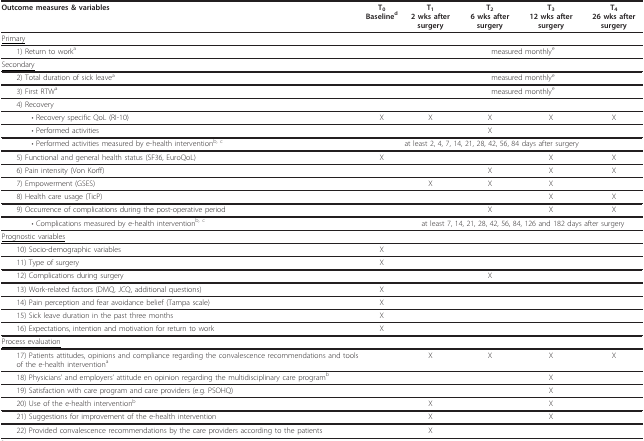
<table><thead><tr><td><b>Outcome measures &amp; variables</b></td><td><b>T<sub>0</sub>Baseline<sup>d</sup></b></td><td><b>T<sub>1</sub>2 wks after surgery</b></td><td><b>T<sub>2</sub>6 wks after surgery</b></td><td><b>T<sub>3</sub>12 wks after surgery</b></td><td><b>T<sub>4</sub>26 wks after surgery</b></td></tr></thead><tbody><tr><td colspan="6"><underline>Primary</underline></td></tr><tr><td> 1) Return to work<sup>a</sup></td><td></td><td colspan="4">measured monthly<sup>e</sup></td></tr><tr><td colspan="6"><underline>Secondary</underline></td></tr><tr><td> 2) Total duration of sick leave<sup>a</sup></td><td></td><td colspan="4">measured monthly<sup>e</sup></td></tr><tr><td> 3) First RTW<sup>a</sup></td><td></td><td colspan="4">measured monthly<sup>e</sup></td></tr><tr><td> 4) Recovery</td><td></td><td></td><td></td><td></td><td></td></tr><tr><td>• Recovery specific QoL (RI-10)</td><td>X</td><td>X</td><td>X</td><td>X</td><td>X</td></tr><tr><td>• Performed activities</td><td></td><td></td><td>X</td><td></td><td></td></tr><tr><td>• Performed activities measured by e-health intervention<sup>b, c</sup></td><td></td><td colspan="3">at least 2, 4, 7, 14, 21, 28, 42, 56, 84 days after surgery</td><td></td></tr><tr><td> 5) Functional and general health status (SF36, EuroQoL)</td><td>X</td><td></td><td></td><td>X</td><td>X</td></tr><tr><td> 6) Pain intensity (Von Korff)</td><td></td><td></td><td>X</td><td>X</td><td>X</td></tr><tr><td> 7) Empowerment (GSES)</td><td></td><td>X</td><td>X</td><td>X</td><td></td></tr><tr><td> 8) Health care usage (TicP)</td><td></td><td></td><td></td><td>X</td><td>X</td></tr><tr><td> 9) Occurrence of complications during the post-operative period</td><td></td><td></td><td>X</td><td>X</td><td>X</td></tr><tr><td>• Complications measured by e-health intervention<sup>b, c</sup></td><td></td><td colspan="4">at least 7, 14, 21, 28, 42, 56, 84, 126 and 182 days after surgery</td></tr><tr><td><underline>Prognostic variables</underline></td><td></td><td></td><td></td><td></td><td></td></tr><tr><td> 10) Socio-demographic variables</td><td>X</td><td></td><td></td><td></td><td></td></tr><tr><td> 11) Type of surgery</td><td>X</td><td></td><td></td><td></td><td></td></tr><tr><td> 12) Complications during surgery</td><td></td><td></td><td>X</td><td></td><td></td></tr><tr><td> 13) Work-related factors (DMQ, JCQ, additional questions)</td><td>X</td><td></td><td></td><td></td><td></td></tr><tr><td> 14) Pain perception and fear avoidance belief (Tampa scale)</td><td>X</td><td></td><td></td><td></td><td></td></tr><tr><td> 15) Sick leave duration in the past three months</td><td>X</td><td></td><td></td><td></td><td></td></tr><tr><td> 16) Expectations, intention and motivation for return to work</td><td>X</td><td></td><td></td><td></td><td></td></tr><tr><td><underline>Process evaluation</underline></td><td></td><td></td><td></td><td></td><td></td></tr><tr><td> 17) Patients attitudes, opinions and compliance regarding the convalescence recommendations and tools of the e-health intervention<sup>a</sup></td><td></td><td>X</td><td>X</td><td>X</td><td>X</td></tr><tr><td> 18) Physicians&#x27; and employers&#x27; attitude en opinion regarding the multidisciplinary care program<sup>b</sup></td><td></td><td></td><td></td><td>X</td><td></td></tr><tr><td> 19) Satisfaction with care program and care providers (e.g. PSOHQ)</td><td></td><td></td><td></td><td>X</td><td></td></tr><tr><td> 20) Use of the e-health intervention<sup>b</sup></td><td></td><td>X</td><td></td><td>X</td><td></td></tr><tr><td> 21) Suggestions for improvement of the e-health intervention</td><td></td><td>X</td><td></td><td>X</td><td></td></tr><tr><td> 22) Provided convalescence recommendations by the care providers according to the patients</td><td></td><td>X</td><td></td><td></td><td></td></tr></tbody></table>